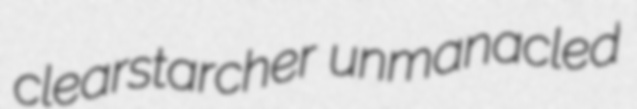
clearstarcher unmanacled